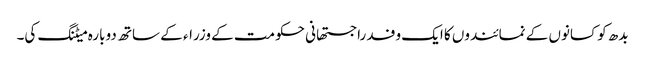
بدھ کو کسانوں کے نمائندوں کا ایک وفد راجستھانی حکومت کے وزراء کے ساتھ دوبارہ میٹنگ کی۔